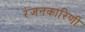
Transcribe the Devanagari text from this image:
रंजनकारिणी